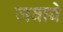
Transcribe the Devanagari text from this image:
जवाबे